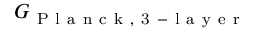
G _ { \mathrm { ~ P ~ l ~ a ~ n ~ c ~ k ~ , ~ 3 ~ - ~ l ~ a ~ y ~ e ~ r ~ } }